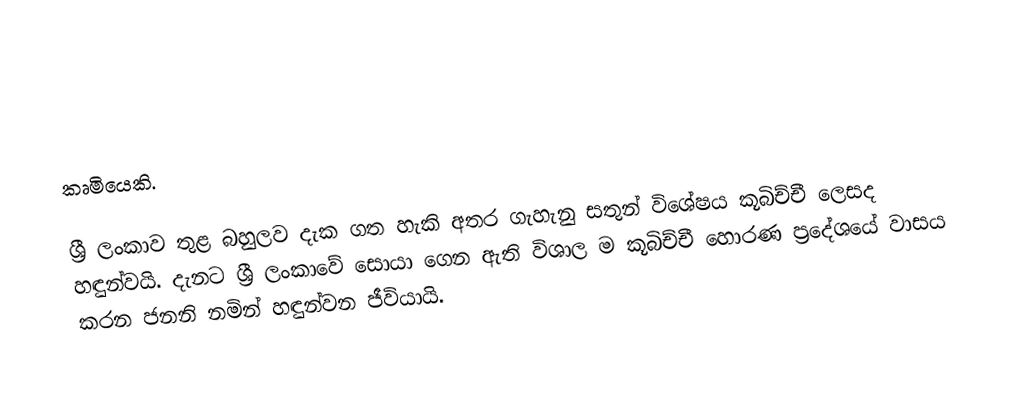
කෘමියෙකි.

ශ්‍රී ලංකාව තුළ බහුලව දැක ගත හැකි අතර ගැහැනු සතුන් විශේෂය කූබිච්චී ලෙසද හඳුන්වයි. දැනට ශ්‍රී ලංකාවේ සොයා ගෙන ඇති විශාල ම කූබිච්චී හොරණ ප්‍රදේශයේ වාසය කරන ජනනි නමින් හඳුන්වන ජීවියායි.